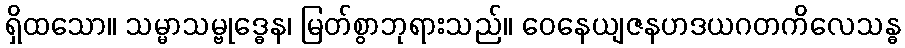
ရှိထသော။ သမ္မာသမ္ဗုဒ္ဓေန၊ မြတ်စွာဘုရားသည်။ ဝေနေယျဇနဟဒယဂတကိလေသန္ဓ